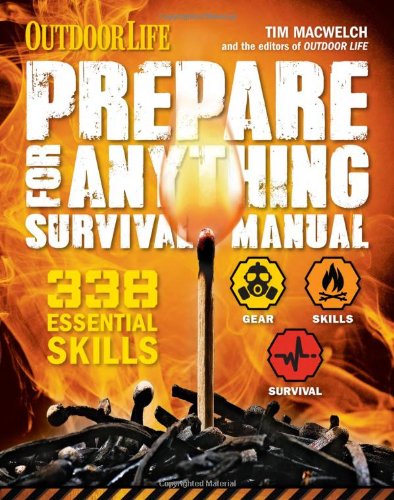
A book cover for Prepare for Anything (Outdoor Life): 338 Essential Skills; Tim MacWelch; Health, Fitness & Dieting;